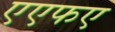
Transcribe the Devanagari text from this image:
एएफए